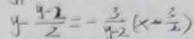
y - \frac { y - 2 } { 2 } = - \frac { 3 } { y - 2 } ( x - \frac { 3 } { 2 } )